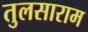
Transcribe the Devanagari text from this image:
तुलसाराम